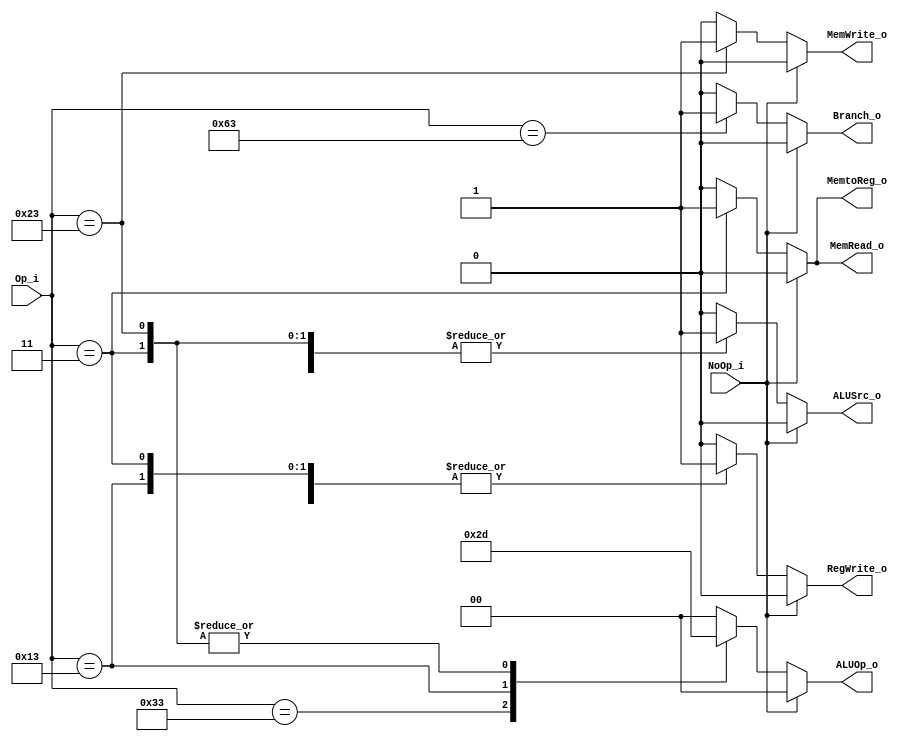
`define R_TYPE 7'b0110011
`define I_TYPE_ALU 7'b0010011
`define I_TYPE_LW 7'b0000011 // lw
`define S_TYPE 7'b0100011 // sw
`define SB_TYPE 7'b1100011 // beq

module Control(Op_i, NoOp_i, ALUOp_o, ALUSrc_o, RegWrite_o, MemtoReg_o, MemRead_o, MemWrite_o, Branch_o);

    input [6:0] Op_i;
    input NoOp_i;

    output reg [1:0] ALUOp_o;
    output reg ALUSrc_o, RegWrite_o, MemtoReg_o, MemRead_o, MemWrite_o, Branch_o;

    always @*
    if (NoOp_i)
    begin
        ALUOp_o  <= 2'b00;
        ALUSrc_o <= 0;
        RegWrite_o <= 0;
        MemtoReg_o <= 0;
        MemRead_o <= 0;
        MemWrite_o <= 0;
        Branch_o <= 0;
    end
    else
    case (Op_i)
        `R_TYPE:
        begin
            ALUOp_o  <= 2'b10;
            ALUSrc_o <= 0;
            RegWrite_o <= 1;
            MemtoReg_o <= 0;
            MemRead_o <= 0;
            MemWrite_o <= 0;
            Branch_o <= 0;
        end
        `I_TYPE_ALU:
        begin
            ALUOp_o <= 2'b11;
            ALUSrc_o <= 1;
            RegWrite_o <= 1;
            MemtoReg_o <= 0;
            MemRead_o <= 0;
            MemWrite_o <= 0;
            Branch_o <= 0;
        end
        `I_TYPE_LW:
        begin
            ALUOp_o <= 2'b01; // add
            ALUSrc_o <= 1;
            RegWrite_o <= 1;
            MemtoReg_o <= 1;
            MemRead_o <= 1;
            MemWrite_o <= 0;
            Branch_o <= 0;
        end
        `S_TYPE:
        begin
            ALUOp_o <= 2'b01; // add
            ALUSrc_o <= 1;
            RegWrite_o <= 0;
            MemtoReg_o <= 0;
            MemRead_o <= 0;
            MemWrite_o <= 1;
            Branch_o <= 0;
        end
        `SB_TYPE:
        begin
            ALUOp_o <= 2'b00; //sub
            ALUSrc_o <= 0;
            RegWrite_o <= 0;
            MemtoReg_o <= 0;
            MemRead_o <= 0;
            MemWrite_o <= 0;
            Branch_o <= 1;
        end
        default:
        begin
            ALUOp_o <= 2'b00;
            ALUSrc_o <= 0;
            RegWrite_o <= 0;
            RegWrite_o <= 0;
            MemtoReg_o <= 0;
            MemRead_o <= 0;
            MemWrite_o <= 0;
            Branch_o <= 0;
        end
    endcase

endmodule